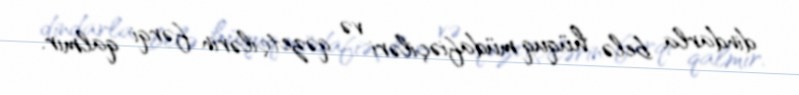
dindarla belə hüquq müdafiəçiləri və qəzetçilərin fərqi qalmır.